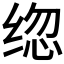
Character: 𰬦